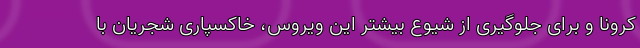
کرونا و برای جلوگیری از شیوع بیشتر این ویروس، خاکسپاریِ شجریان با